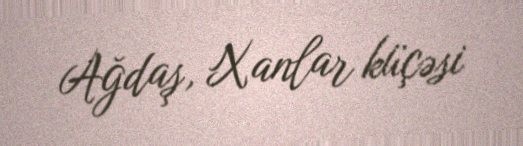
Ağdaş, Xanlar küçəsi